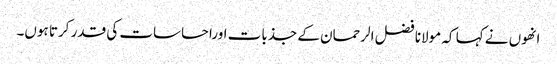
انھوں نے کہا کہ مولانا فضل الرحمان کے جذبات اوراحساسات کی قدر کرتا ہوں۔